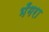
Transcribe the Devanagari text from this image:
भँगरा